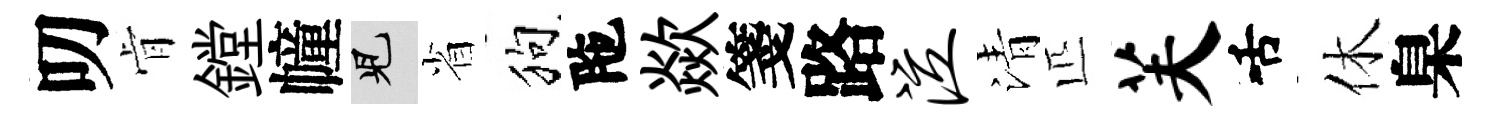
叨肻鏜幢兒省狗陁歘箋路泣清匹芙舌休臬